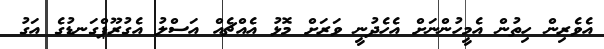
އެވެރިން ހިތުން އެމީހުންނަށް އެހެދުނީ ވަރަށް މޮޅު އެއްޗެއް އަސްލު އެގުރޫޕްގަނޑުގެ އަގު